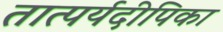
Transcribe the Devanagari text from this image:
तात्पर्यदीपिका